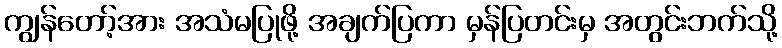
ကျွန်တော့်အား အသံမပြုဖို့ အချက်ပြကာ မှန်ပြတင်းမှ အတွင်းဘက်သို့